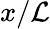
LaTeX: x/\mathcal{L}